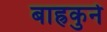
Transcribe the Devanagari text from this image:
बाह्रकुने